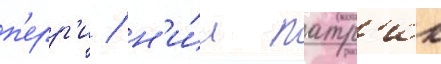
п'ерр'и / н'и́л патр'ик